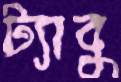
ট্যাবু